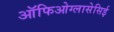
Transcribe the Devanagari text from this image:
ऑफिओग्लासेसिई